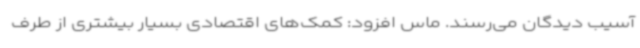
آسیب دیدگان می‌رسند. ماس افزود: کمک‌های اقتصادی بسیار بیشتری از طرف